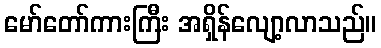
မော်တော်ကားကြီး အရှိန်လျော့လာသည်။